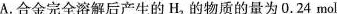
A.合金完全溶解后产生的H_{2}的物质的量为0.24mol